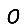
Digit: 0